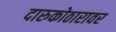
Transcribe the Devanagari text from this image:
दारुकोठारावर